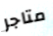
متاجر